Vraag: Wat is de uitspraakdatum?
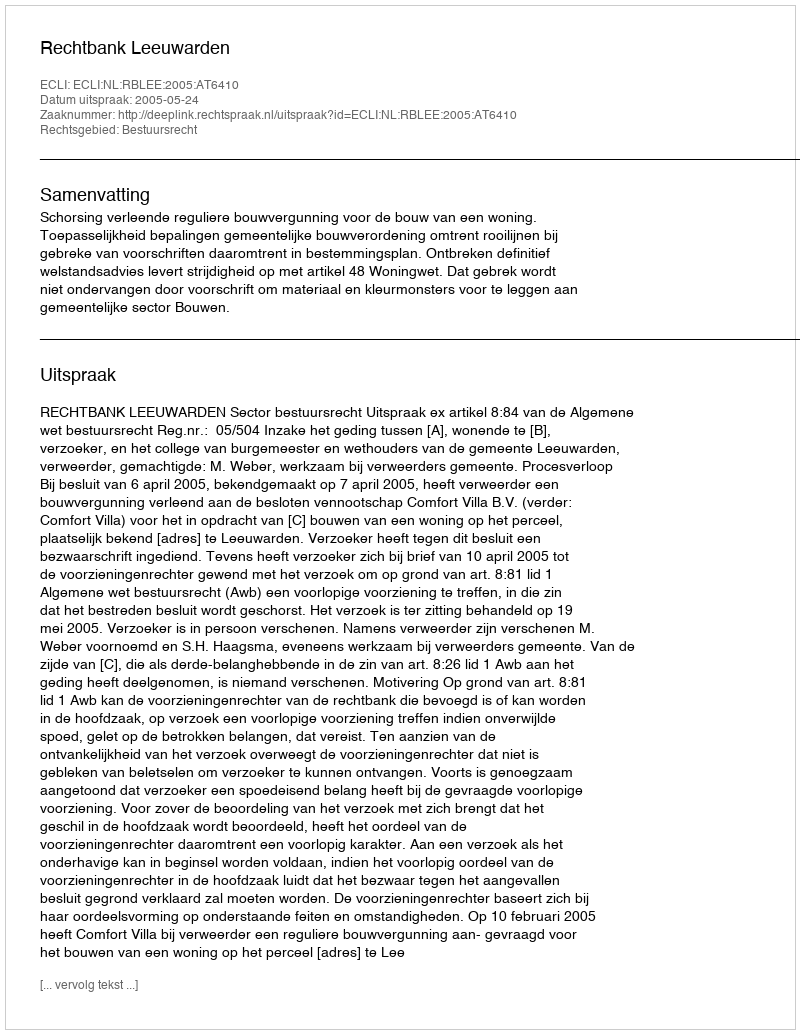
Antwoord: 2005-05-24